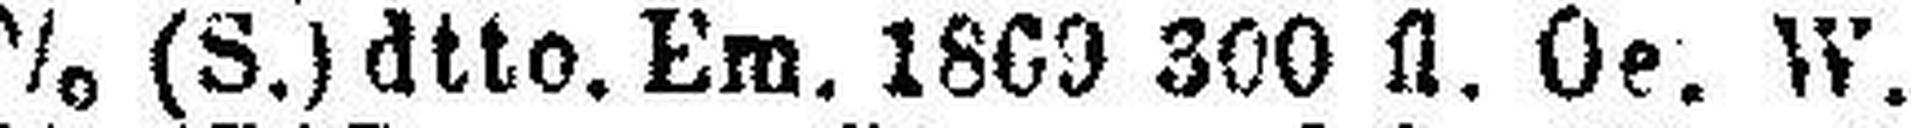
5% (S.) dtto. Em. 1869 300 fl. Oe. W.